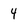
Character: 4